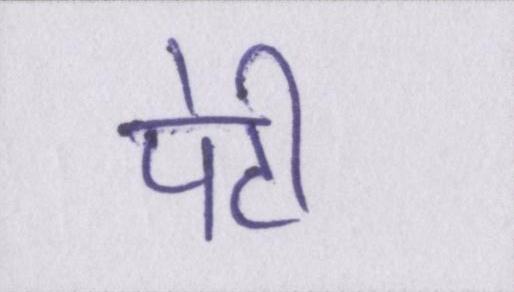
पेटी